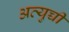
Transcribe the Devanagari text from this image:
अत्युच्ची